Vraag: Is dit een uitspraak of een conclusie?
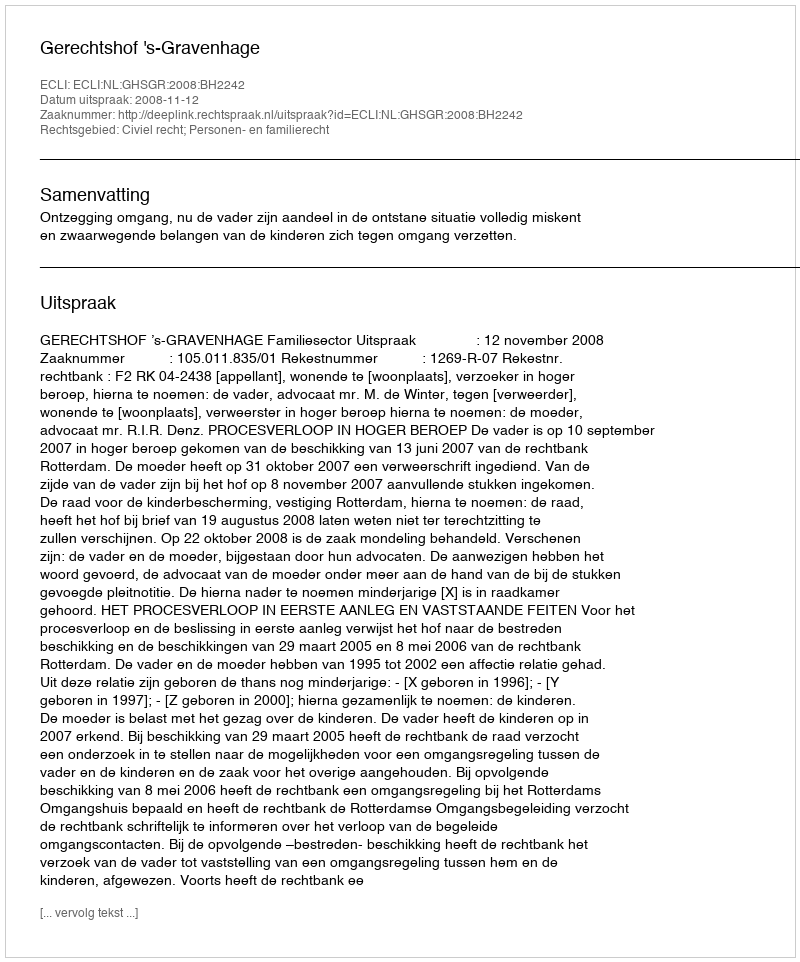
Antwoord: Uitspraak